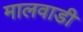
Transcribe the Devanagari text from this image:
मालवाडी